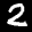
Label: 2